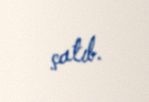
çatıb.